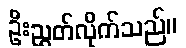
ဦးညွှတ်လိုက်သည်။